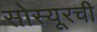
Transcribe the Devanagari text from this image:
सोस्यूरची